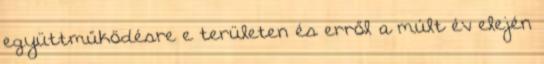
együttműködésre e területen és erről a múlt év elején